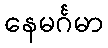
နေမင်္ဂမာ